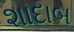
શાદાબ